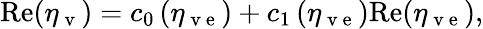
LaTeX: \mathrm{Re}(\eta_{\mathrm{~v~}})=c_{0}\left(\eta_{\mathrm{~v~e~}}\right)+c_{1}\left(\eta_{\mathrm{~v~e~}}\right)\mathrm{Re}(\eta_{\mathrm{~v~e~}}),